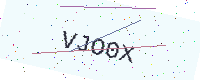
Text: VJO0X